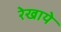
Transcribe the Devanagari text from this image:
रेखाये